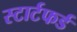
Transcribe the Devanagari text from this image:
स्टार्टफर्ड